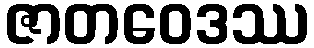
ဇာတဝေဒဿ